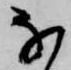
な